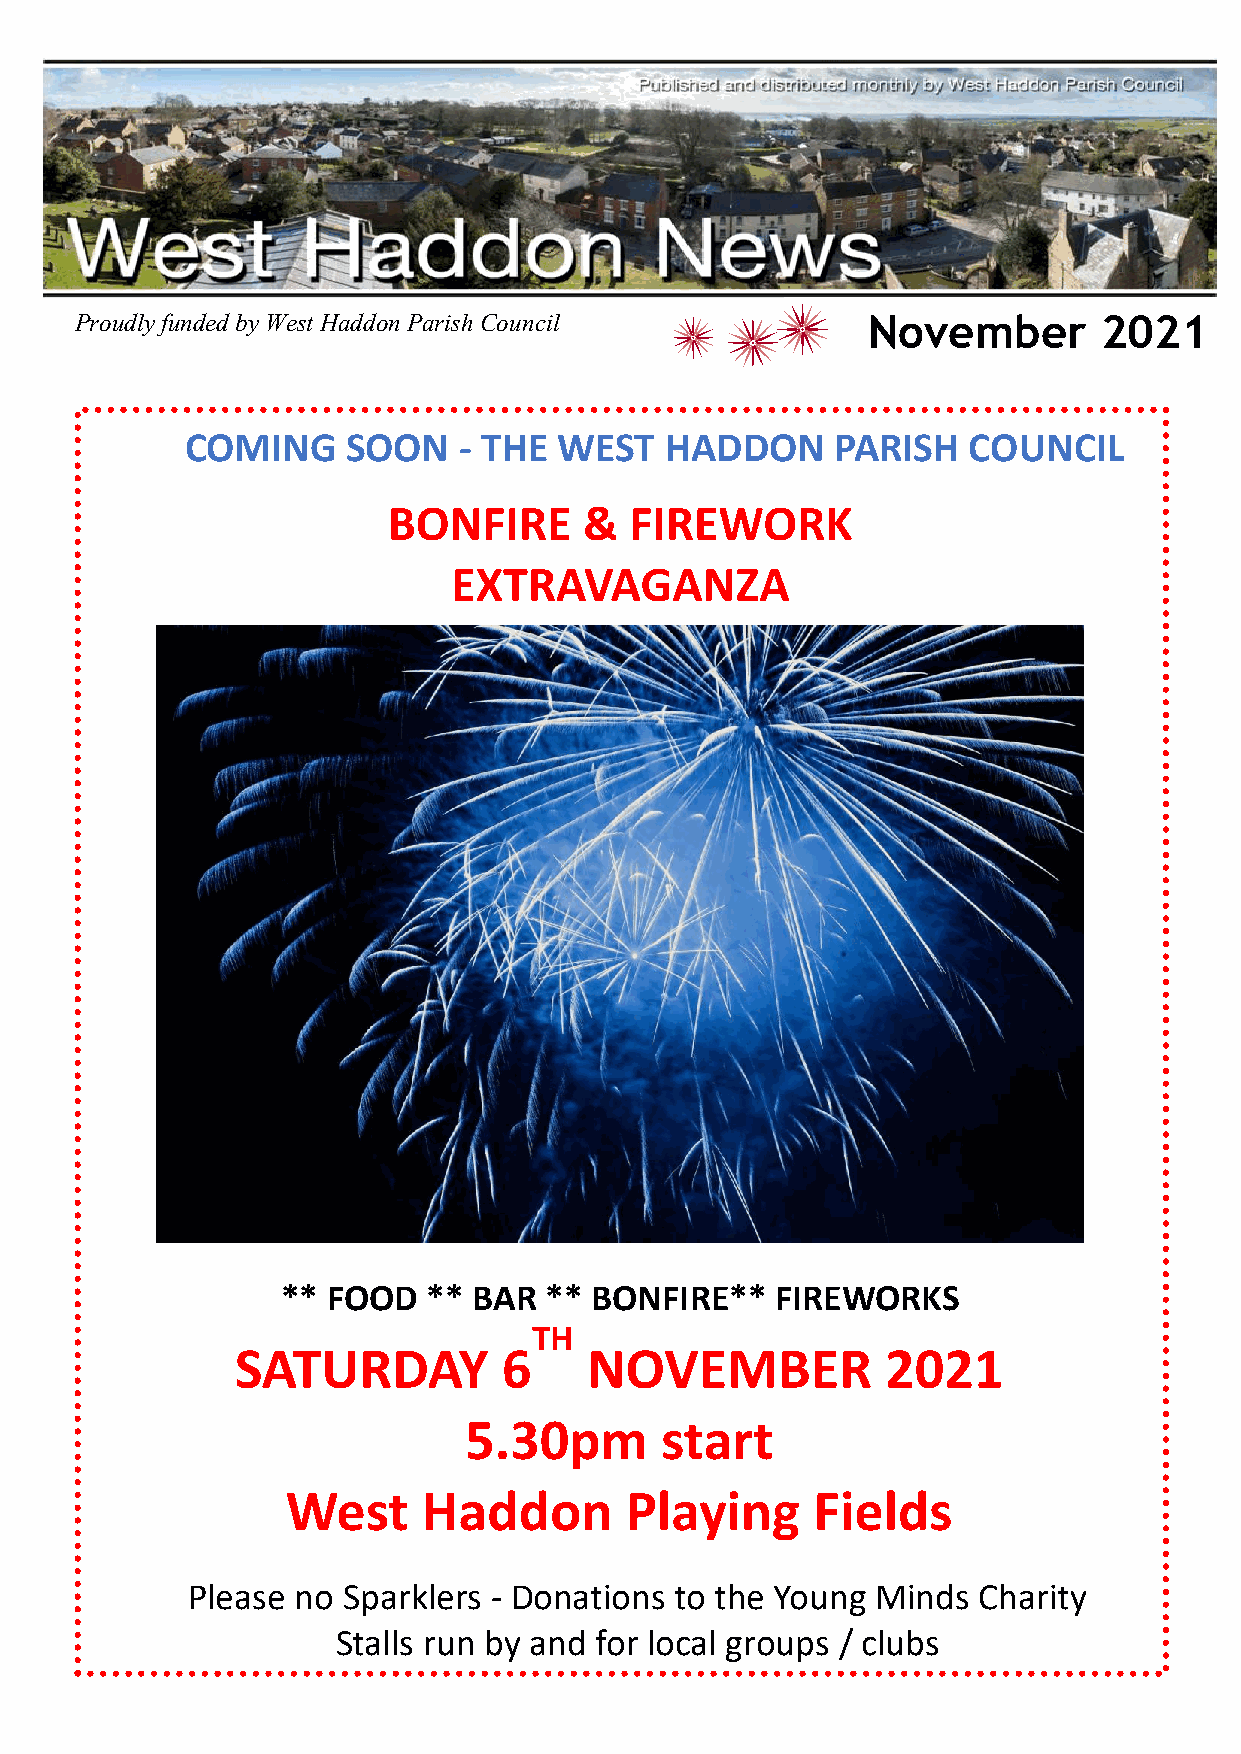
Proudly funded by West Haddon Parish Council        November        2021
 COMING     SOON   - THE  WEST   HADDON     PARISH   COUNCIL
 BONFIRE      &  FIREWORK
 EXTRAVAGANZA
 ** FOOD  ** BAR  ** BONFIRE**   FIREWORKS
 TH
 SATURDAY         6     NOVEMBER            2021
 5.30pm       start
 West     Haddon       Playing      Fields
 Please no  Sparklers - Donations to the Young Minds  Charity
 Stalls run by and for local groups / clubs